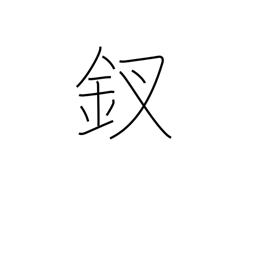
Meaning: ornamental hairpin